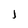
Character: j